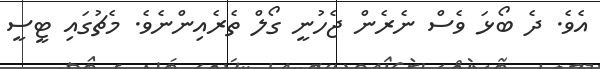
އެވެ. ދެ ބޯޅަ ވެސް ނެރެން ޖެހުނީ ގޯލް ތެރެއިންނެވެ. މެޗުގައި ޓީސީ